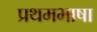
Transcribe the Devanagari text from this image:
प्रथमभाषा